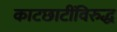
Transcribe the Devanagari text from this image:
काटछाटींविरुद्ध